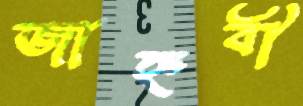
জাহ্নবী